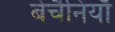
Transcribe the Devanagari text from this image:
बेचैनियाँ